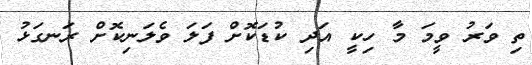
ތި ވަރު ވީމަ މާ ހިކީ އަދި ކުޑަކޮށް ފަލަ ވެލަނިކޮށް ރަނގަޅު